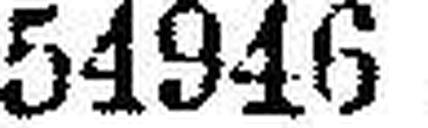
54946